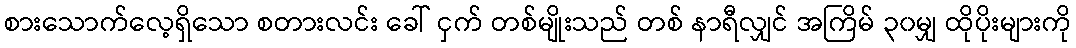
စားသောက်လေ့ရှိသော စတားလင်း ခေါ် ငှက် တစ်မျိုးသည် တစ် နာရီလျှင် အကြိမ် ၃၀မျှ ထိုပိုးများကို